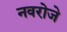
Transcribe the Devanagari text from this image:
नवरोजे